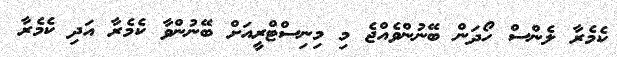
ކެމެރާ ލެންސް ހޯދަން ބޭނުންވެއްޖެ މި މިނިސްޓްރީއަށް ބޭނުންވާ ކެމެރާ އަދި ކެމެރާ